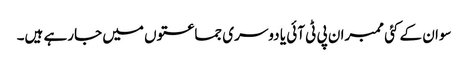
سوان کے کئی ممبران پی ٹی آئی یا دوسری جماعتوں میں جارہے ہیں۔